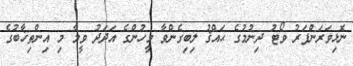
ނޮޅިވަރަންފަރު ވޯޓު ދިނުމުގެ ޙައްޤު ލިބިގެންވާ މީހުންގެ އަދަދު ވީމާ މި އިންތިޚާބުގެ